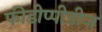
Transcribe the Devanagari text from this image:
फीडीप्पीडीज